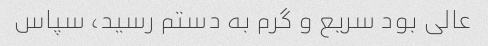
عالی بود سریع و گرم به دستم رسید، سپاس